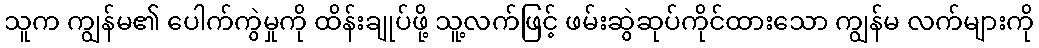
သူက ကျွန်မ၏ ပေါက်ကွဲမှုကို ထိန်းချုပ်ဖို့ သူ့လက်ဖြင့် ဖမ်းဆွဲဆုပ်ကိုင်ထားသော ကျွန်မ လက်များကို